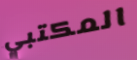
المكتبي